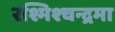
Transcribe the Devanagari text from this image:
रश्मिश्चन्द्रमा